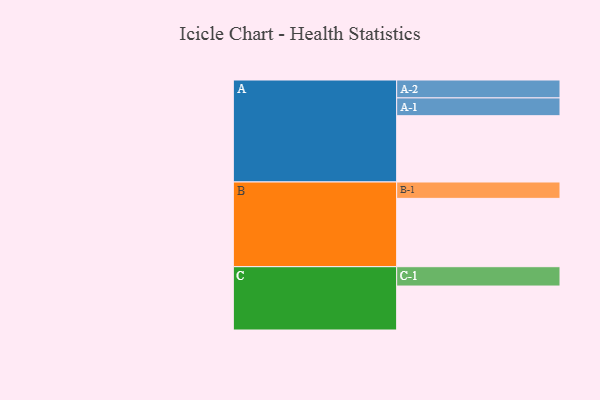
{"axis": {"x": "Segment", "y": "Value"}, "legend": ["", "A", "B", "C"], "data": [{"x": "A", "y": 514, "type": ""}, {"x": "B", "y": 530, "type": ""}, {"x": "C", "y": 341, "type": ""}, {"x": "A-1", "y": 138, "type": "A"}, {"x": "A-2", "y": 139, "type": "A"}, {"x": "B-1", "y": 127, "type": "B"}, {"x": "C-1", "y": 150, "type": "C"}]}